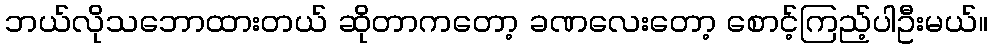
ဘယ်လိုသဘောထားတယ် ဆိုတာကတော့ ခဏလေးတော့ စောင့်ကြည့်ပါဦးမယ်။